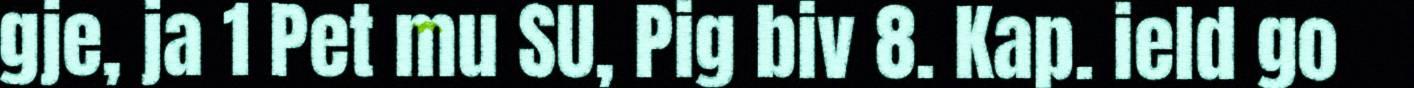
gje, ja 1 Pet mu SU, Pig biv 8. Kap. ield go